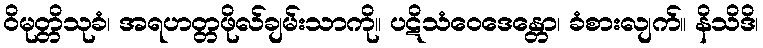
ဝိမုတ္တိသုခံ၊ အရဟတ္တဖိုလ်ချမ်းသာကို။ ပဋိသံဝေဒေန္တော၊ ခံစားလျက်။ နိသိဒိ၊